Lunatic asylums United Prov. 1922-30 - 1922-1930
Year: 1922
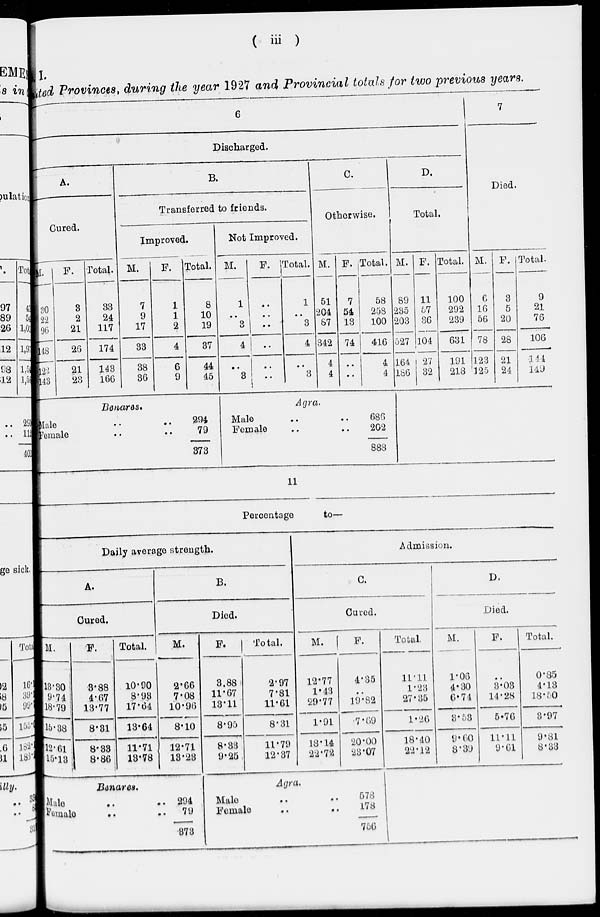
( iii )
. I.
United Provinces, during the year 1927 and Provincial totals for two previous years.
6
Discharged.
A.
Cured.
M.
30
22
90
143
122
143
F.
3
2
21
26
21
23
Total.
33
24
117
174
143
166
B.
Transferred to friends.
Improved.
M.
7
9
17
33
38
36
F.
1
1
2
4
6
9
Total.
8
10
19
37
44
45
Benares.
Male .. ..
Female .. ..
294
79
373
Not Improved.
M.
1
..
3
4
..
3
F.
..
..
..
..
..
..
Total.
1
..
3
4
..
3
C.
Otherwise.
M.
51
204
87
342
4
4
F.
7
54
13
74
..
..
Total.
58
258
100
416
4
4
Agra.
Male .. ..
Female .. ..
686
202
888
D.
Total.
M.
89
235
203
527
164
186
F.
11
57
36
104
27
32
Total.
100
292
239
631
191
218
7
Died.
M.
6
16
56
78
123
125
F.
3
5
20
28
21
24
Total.
9
21
76
106
144
149
11
Percentage
to—
Daily average strength.
A.
Cured.
M.
18.30
9.74
18.79
15.38
12.61
15.13
F.
3.88
4.67
13.77
8.31
8.33
8.86
Total.
10.90
8.98
17.64
13.64
11.71
13.78
B.
Died.
M.
2.66
7.08
10.96
8.10
12.71
13.23
Benares.
Male .. ..
Female .. ..
294
79
373
F.
3.88
11.67
13.11
8.95
8.33
9.25
Total.
2.97
7.81
11.61
8.31
11.79
12.37
Admission.
C.
Cured.
M.
12.77
1.43
29.77
1.91
18.14
22.72
F.
4.35
..
19.82
7.69
20.00
23.07
Agra.
Male .. ..
Female .. ..
578
178
756
Total.
11.11
1.23
27.35
1.26
18.40
22.12
D.
Died.
M.
1.06
4.30
6.74
3.53
9.60
8.39
F.
..
3.03
14.28
5.76
11.11
9.61
Total.
0.85
4.13
18.50
3.97
9.81
8.33